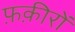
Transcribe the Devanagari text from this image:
फ़क़ीरों